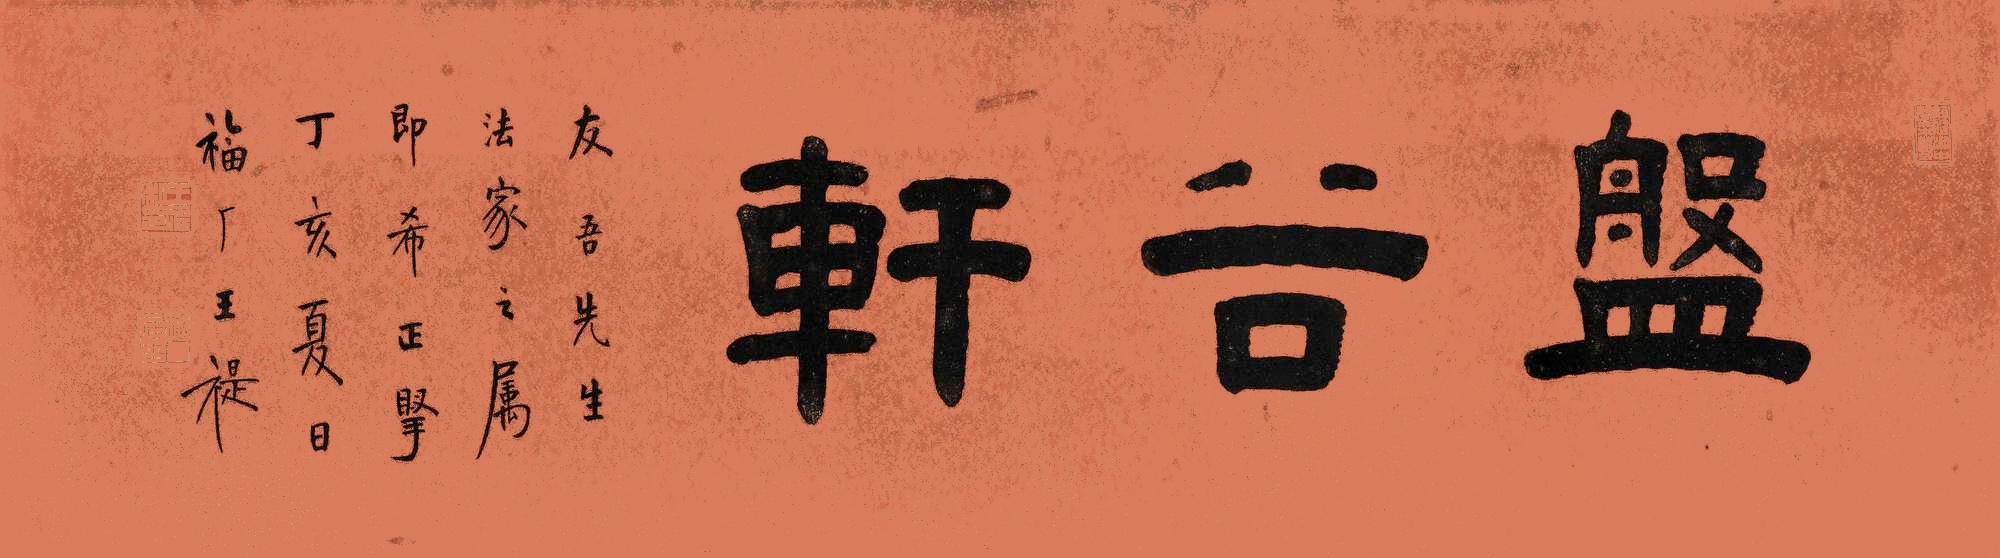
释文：盘古轩。友吾先生法家之属，即希正掔，丁亥夏日，福厂王禔。